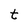
Character: t